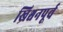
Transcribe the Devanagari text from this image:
ख्रिश्चनपूर्व